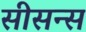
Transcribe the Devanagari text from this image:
सीसन्स